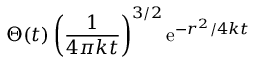
\Theta ( t ) \left( { \frac { 1 } { 4 \pi k t } } \right) ^ { 3 / 2 } \mathrm { e } ^ { - r ^ { 2 } / 4 k t }